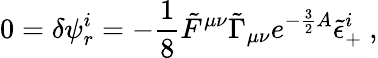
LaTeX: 0=\delta\psi_{r}^{i}=-{\frac{1}{8}}\tilde{F}^{\mu\nu}\tilde{\Gamma}_{\mu\nu}e^{-{\frac{3}{2}}A}\tilde{\epsilon}_{+}^{i}\ ,